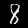
Digit: 8